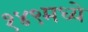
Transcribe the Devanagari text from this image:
१४९मध्ये